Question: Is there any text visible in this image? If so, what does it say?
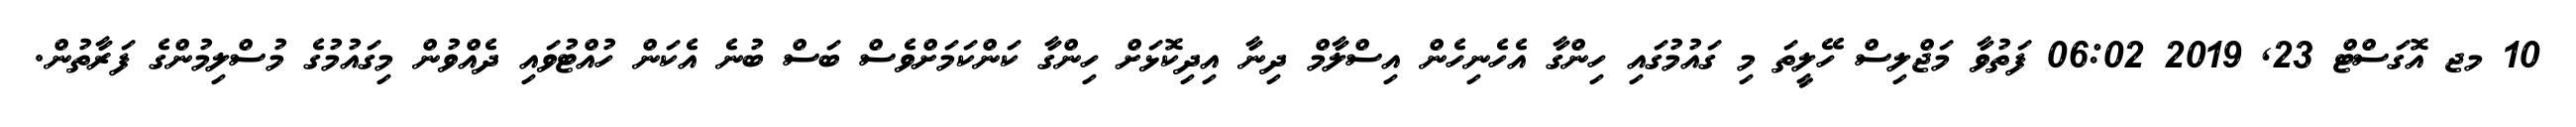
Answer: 10 މޖ އޮގަސްޓް 23, 2019 06:02 ފަތުވާ މަޖްލިސް ހޭލީތަ މި ގައުމުގައި ހިންގާ އެހެނިހެން އިސްލާމް ދިނާ އިދިކޮޅަށް ހިންގާ ކަންކަމަށްވެސް ބަސް ބުނެ އެކަން ހުއްޓުވައި ދެއްވުން މިގައުމުގެ މުސްލިމުންގެ ފަރާތުން.